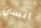
انسان